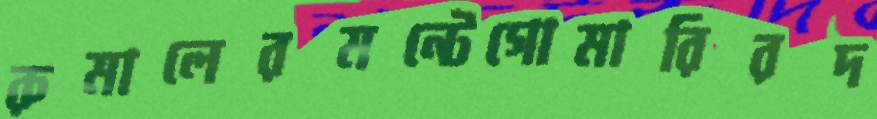
রুমালেরমন্টেগোমারিরদ